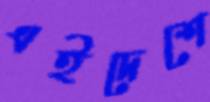
এইদেশে